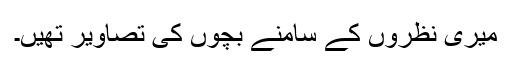
میری نظروں کے سامنے بچوں کی تصاویر تھیں۔